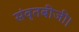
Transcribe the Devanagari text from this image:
संवृतबीजी।